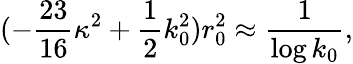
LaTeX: (-\frac{23}{16}\kappa^{2}+\frac 12k_{0}^{2})r_{0}^{2}\approx\frac{1}{\log k_{0}},